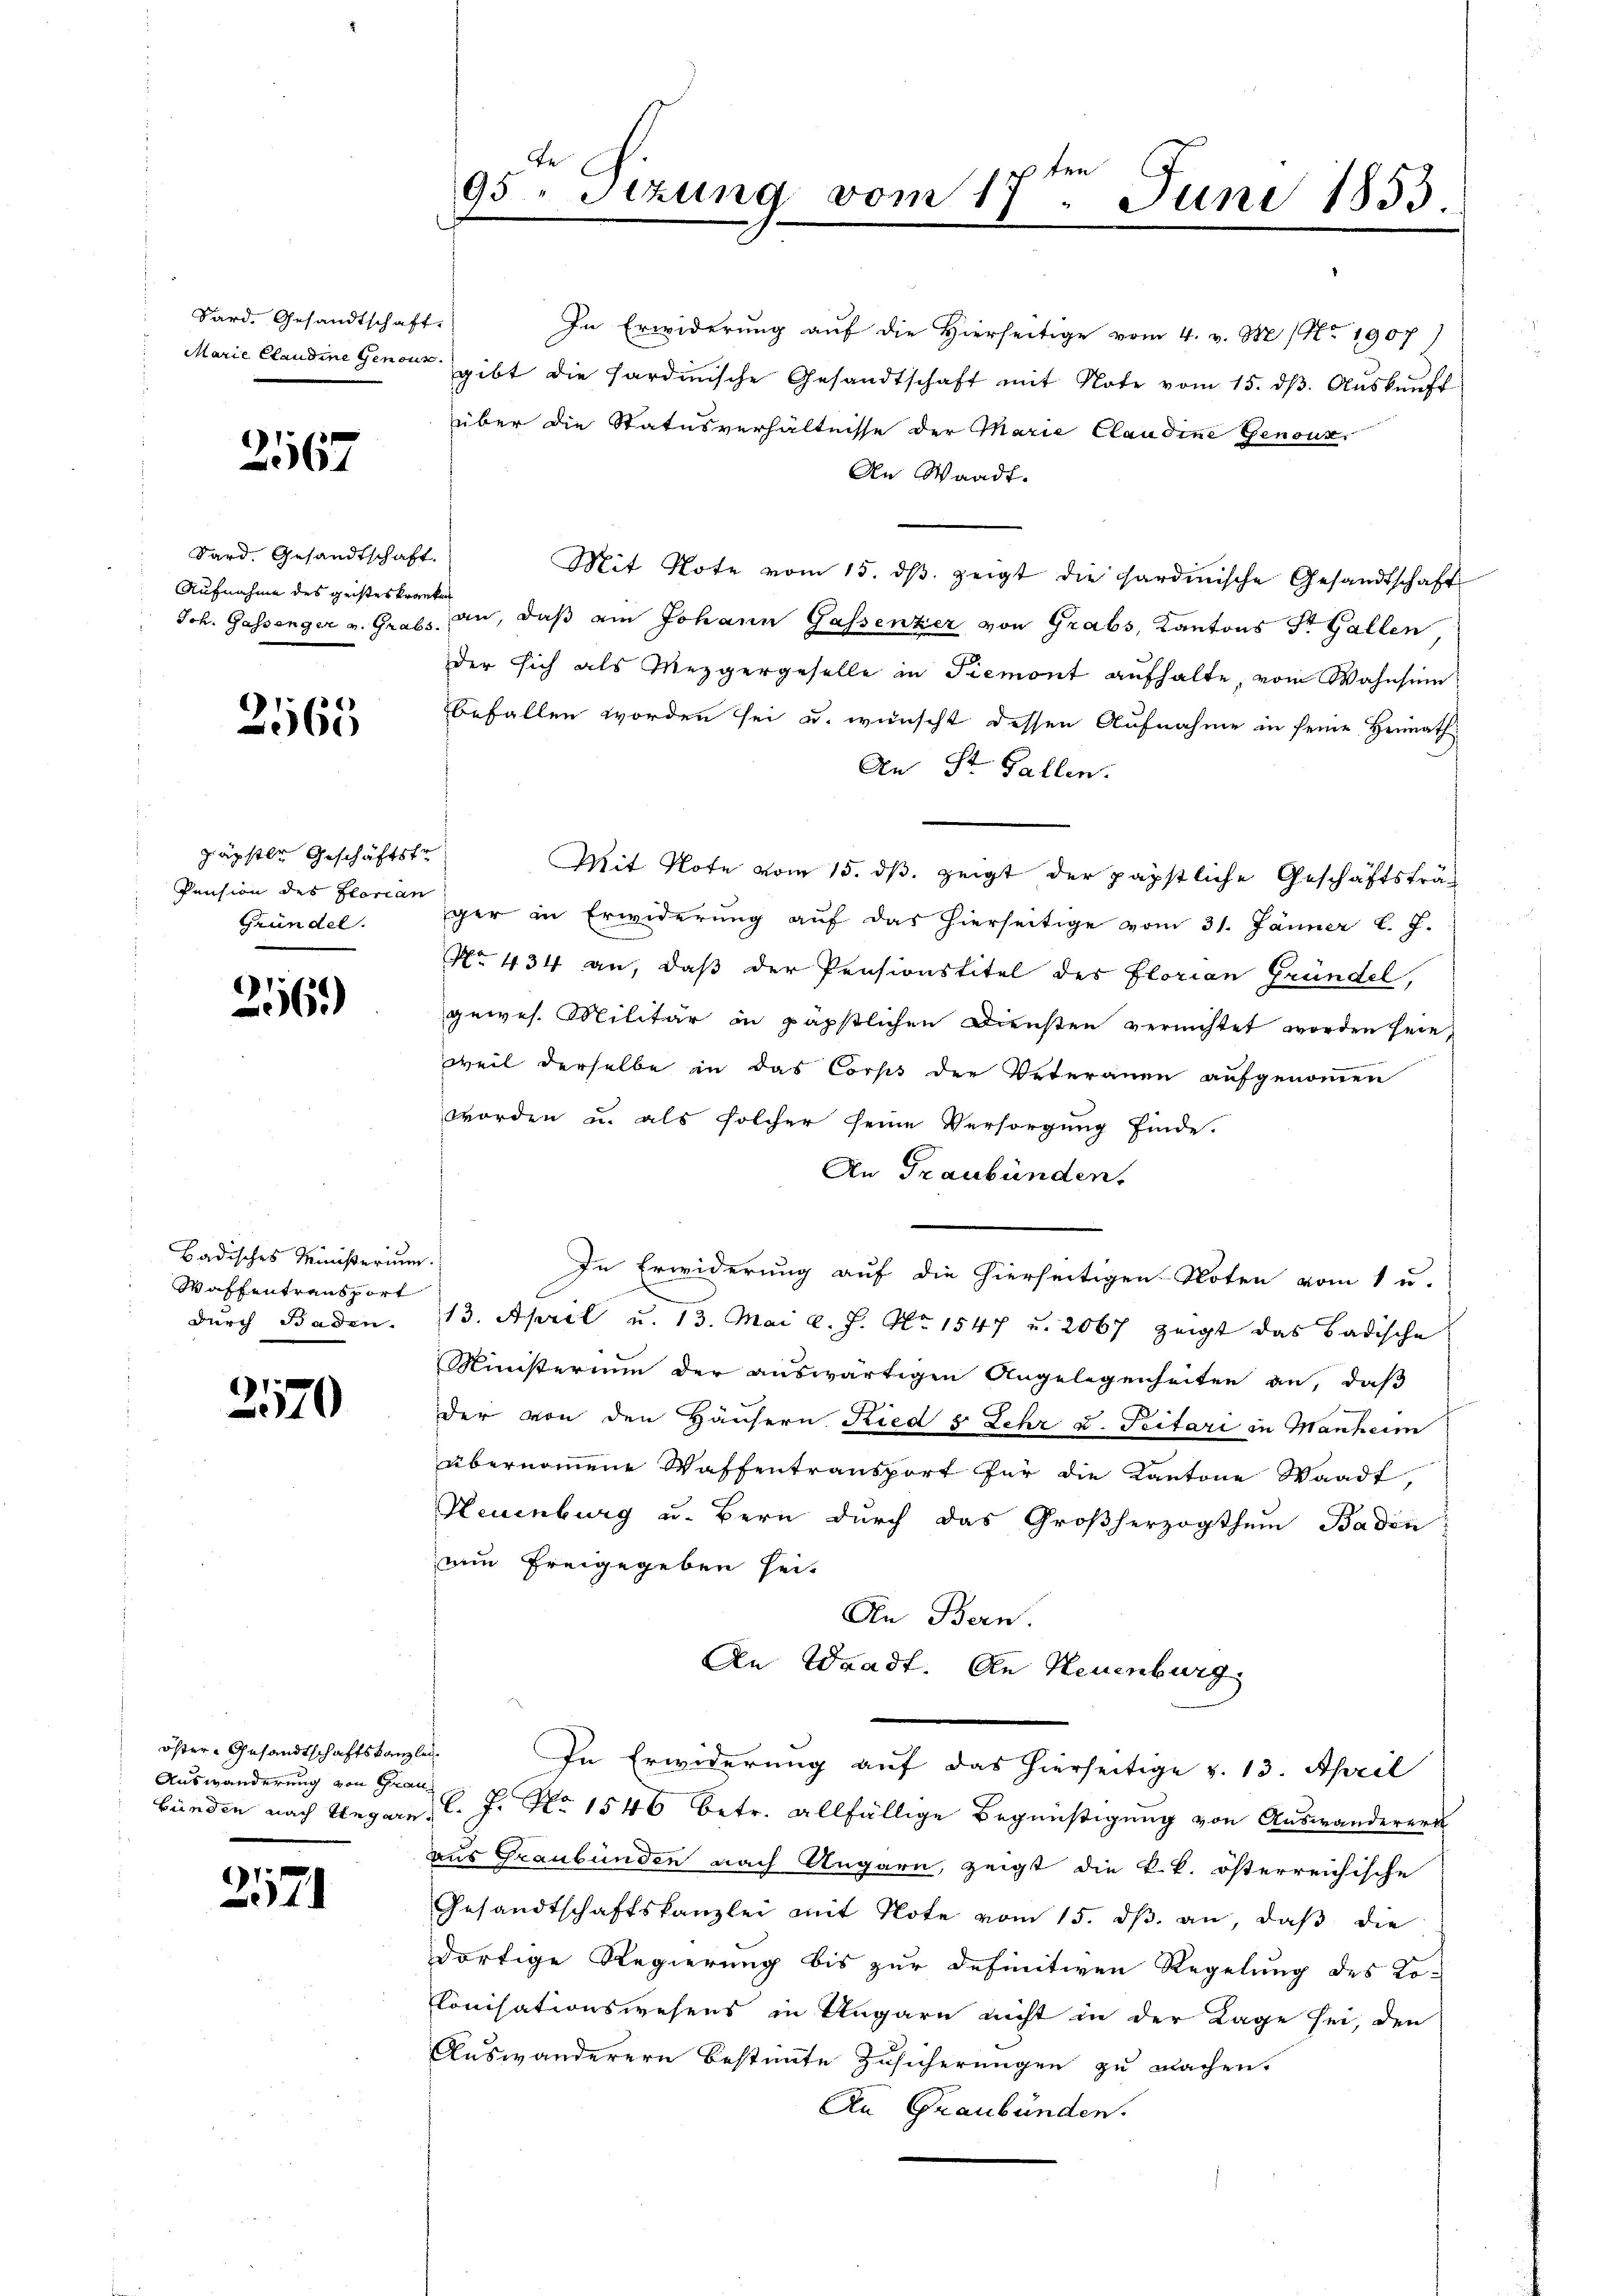
Sard. Gesandtschaft.

3567

Sard. Gesandtschaft.
Aufnahme des geisteskranken

2565

päpstle Geschäftstr
Pension des Florian
Gründel.

256.)

Badisches Ministerium.
Waffentransport
durch Baden.

2170

öster- Gesandtschaftskanzlei-
Auswanderung von Frau

1
4

In Erwiderung auf die Hierseitige vom 4. v. M. (Nr. 1907)
Marie Claudine Genergibt die Sardinische Gesandtschaft mit Note vom 15. dβ. Aŭskŭnft
über die Statusverhältnisse der Marie Claudine Genoux,
An Waadt.
Mit Note vom 15. dβ zeigt die Sardinische Gesandtschaft
Joh. Gassenger v. Grabs an, daß ein Johann Gassenzer von Grabs, Kantons St. Gallen
der sich als Mezgergeselle in Piemont aufhalte, vom Wahnsinn
befallen worden sei u. wünscht dessen Aufnahme in seine Heimath
An St. Gallen.
Mit Note vom 15. ds. zeigt der päpstliche Geschäftsträger in Erwiderung auf das hierseitige vom 31. Jänner l. J.
No. 434 an, daß der Pensionstitel des Florian Gründel,
gewes. Militär in päpstlichen Diensten vernichtet worden sein,
weil derselbe in das Corps der Veteranen aufgenommen
worden u. als solcher seine Versorgung finde.
An Graubünden.
In Erwiderung auf die hierseitigen Noten vom 1 u.
13. April u. 13. Mai l. J. No. 1547 u. 2067 zeigt das Badische
Ministerium der auswärtigen Angelegenheiten an, daß
der von den Häusern Ried s. Lehr u. Peitari in Manheim
übernommene Waffentransport für die Kantone Waadt,
Neuenburg u. Bern durch das Großherzogthum Baden
nun freigegeben seit
An Bern.
An Waadt. An Neuenburg.
In Erwiderung auf das hierseitige v. 13. April
bünden nach Ungarn, C. J. No 1546 betr. allfällige Begünstigung von Auswanderen
aus Graubünden nach Ungarn, zeigt die k.k. österreichische
Gesandtschaftskanzlei mit Note vom 15. dβ an, daβ die
dortige Regierung bis zur definitiven Regelung des Lo-
Conisationswesens in Ungarn nicht in der Lage sei, den
Auswanderern bestimmte Zusicherungen zu machen.
An Graubünden.

.
95 Stzung vom 17.
Juni 1853